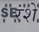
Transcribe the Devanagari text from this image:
रंशे